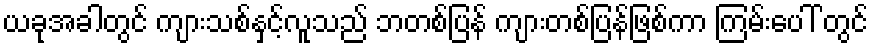
ယခုအခါတွင် ကျားသစ်နှင့်လူသည် ဘတစ်ပြန် ကျားတစ်ပြန်ဖြစ်ကာ ကြမ်းပေါ် တွင်